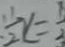
\frac { 1 } { 2 } x = \frac { 1 } { 3 }